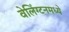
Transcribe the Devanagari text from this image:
वेलिंग्टनमध्ये